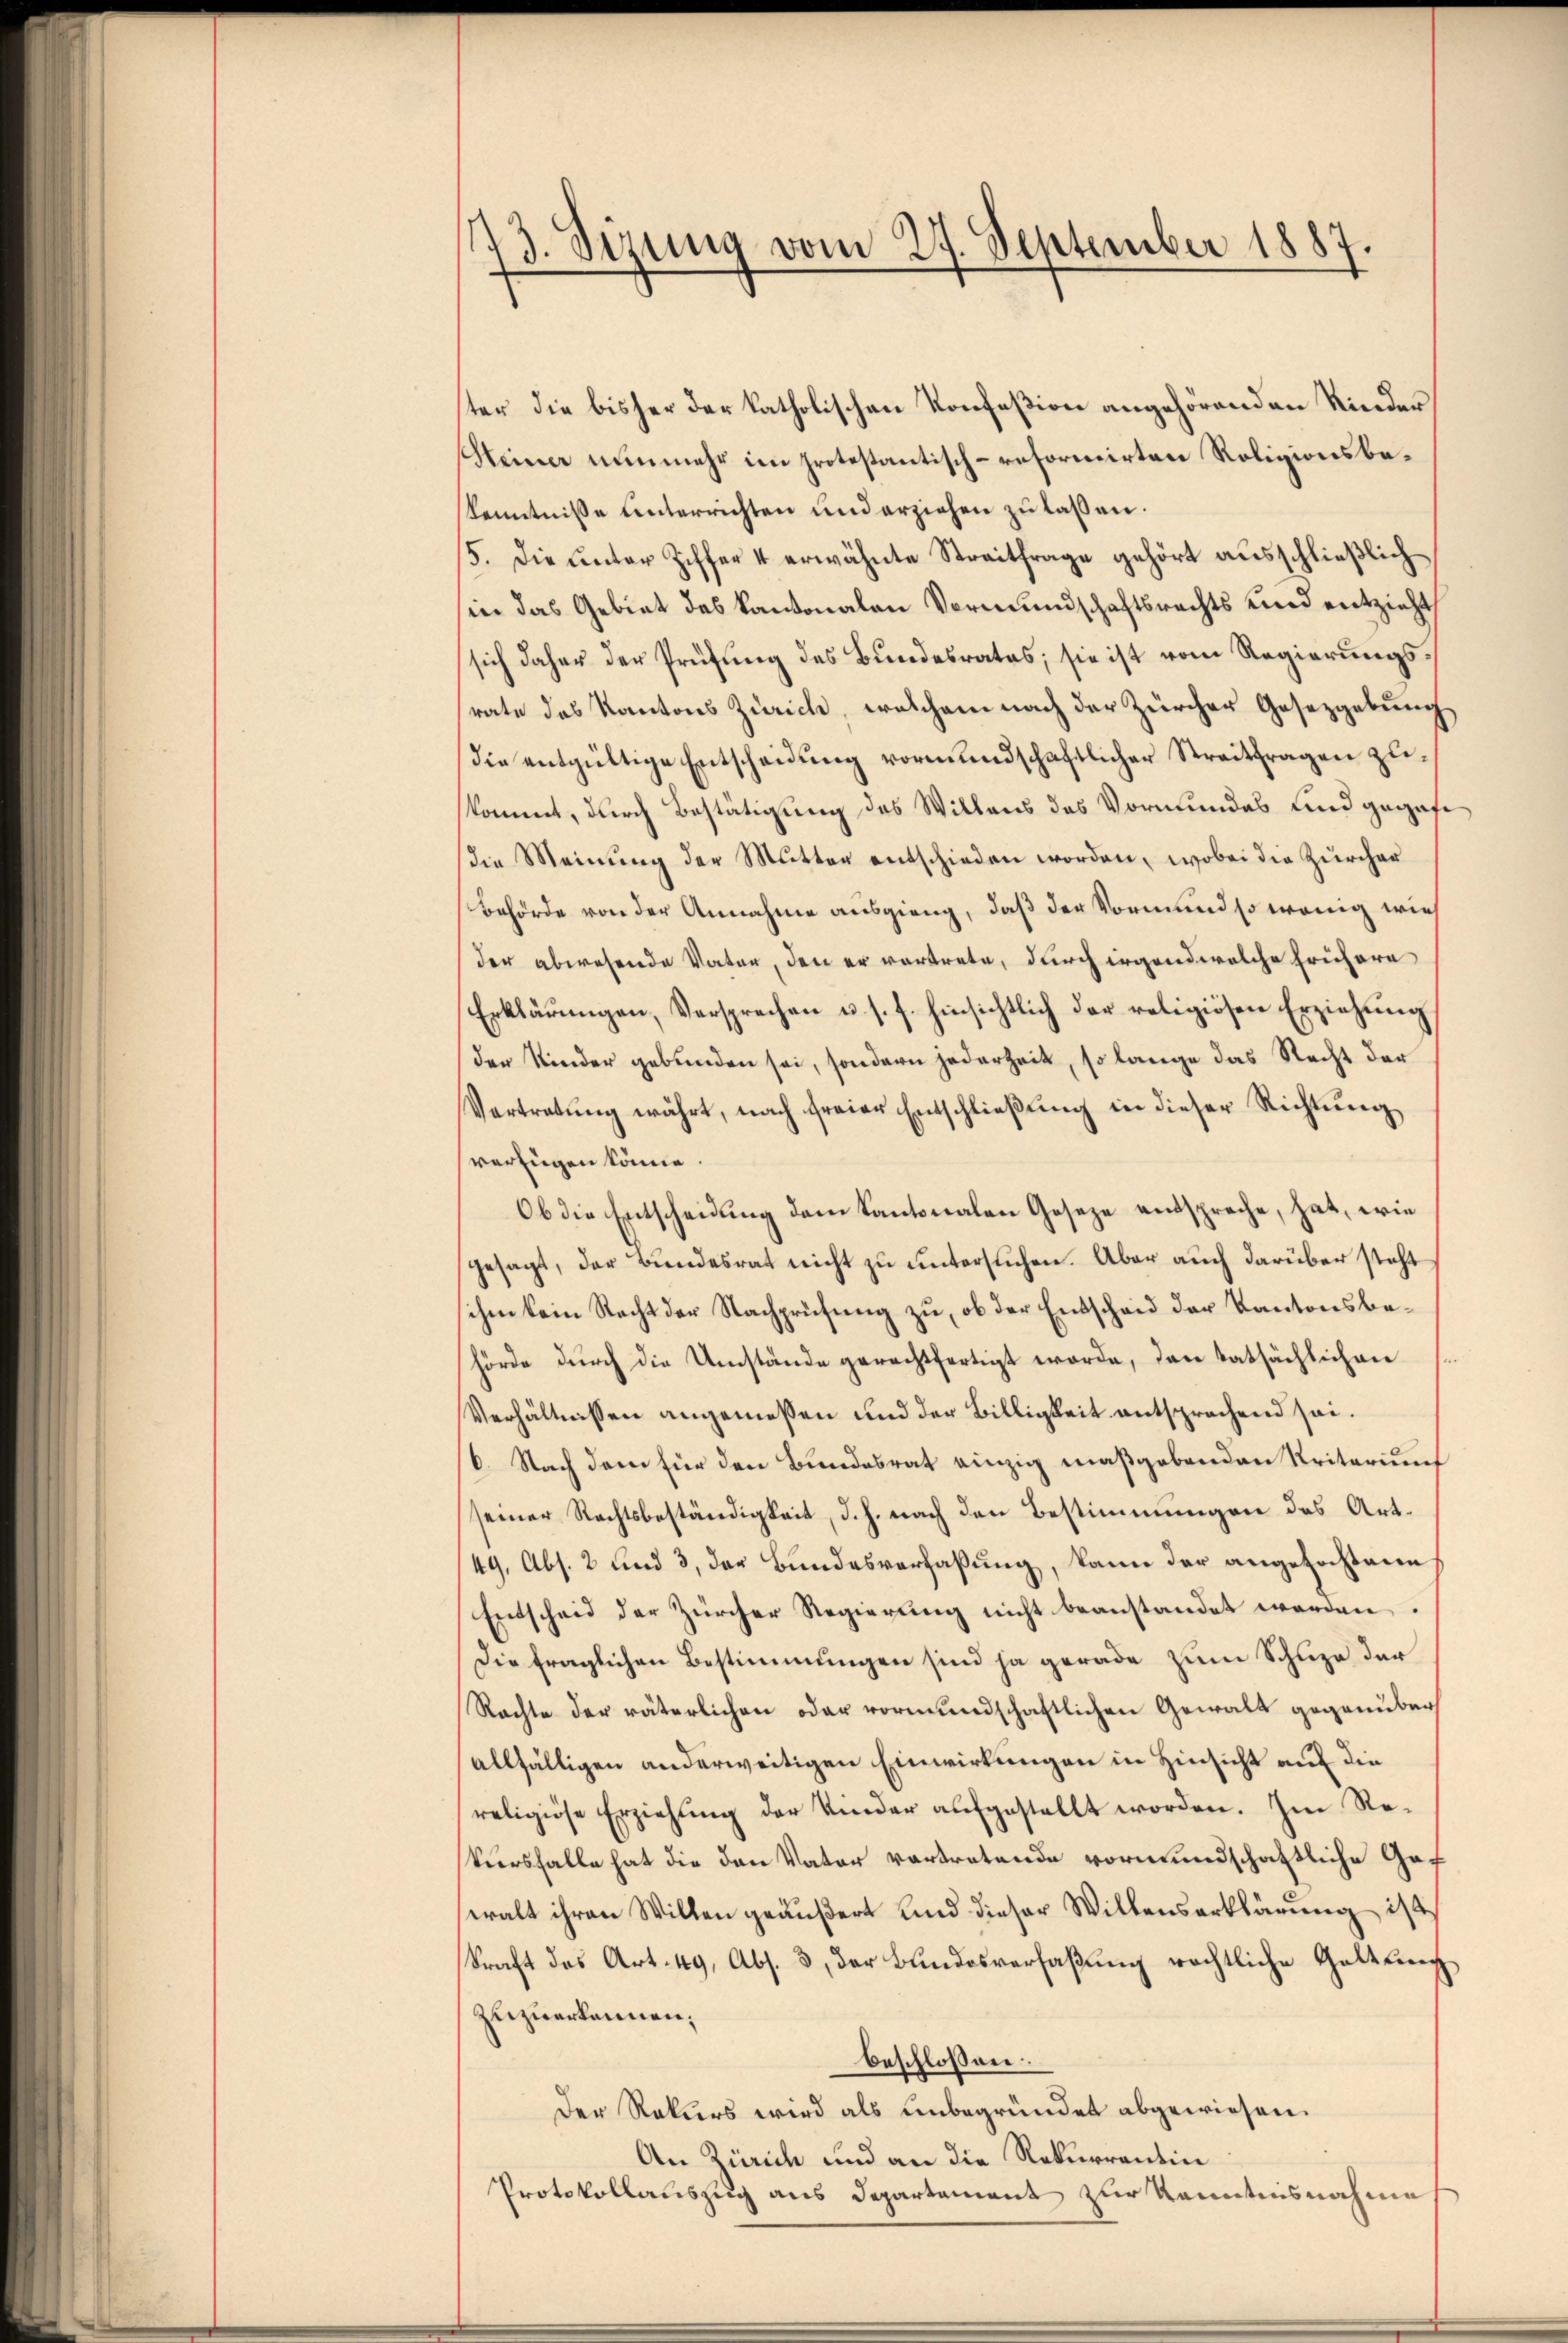
73. Sizung vom 27. September 1887.

ster die bisher der katholischen Konfeßion angehörenden Kinder
Meiner nunmehr im protestantisch-reformirten Roligionsbe¬
Kenntniße unterrichten und erziehen zu laßen.
15. Die unter Ziffer 4 erwähnte Streitfrage gehört aŭsschlieβlich
in das Gebiet des Kantonalen Vormundschaftsrechts und entzieht,
sich daher der Prüfung des Bundesrates; sie ist vom Regierungsrate des Kantons Zürich, welchem nach der Zürcher Gesetzgebung
die entgültige Entscheidung vormundschaftlicher Streitfragen zukommt, durch Bestätigung des Willens des Vormundes und gegafe
die Meinung der Mutter entschieden worden, wobei die Zürcher
Behörde von der Annahme ausgieng, daß der Vormund so wenig wie
der abwesende Vater, den er vortrete, durch irgend welche Frühere
Erklärŭngen, Versprechen u. s. f. hinsichtlich der religiösen Erziehŭng
der Kinder gebunden sei, sondern jederheit, so lange das Recht der
Vertretŭng währt, nach freier Entschließung in dieser Richtung
sverfügen könne.
Ob die Entscheidung dem Kantonalen Geseze entspreche, hat, wie
gesagt, der Bundesrat nicht zu untersuchen. Aber auch darüber steht
sihen kein Recht der Nachprüfung zu, ob der Entscheid der Kantonsbehörde dŭrch die Umstände gerechtfertigt werde, den tatsächlichen
Verhältnissen angemessen und der Billigkeit entsprachend sei.
/6. Nach dem für den Bundesrat einzig maßgebenden Kriterium
seiner Rechtsbeständigkeit, d. h. nach den Bestimmungen des Art¬
49, Abs. 2 und 3, der Bundesverfaßung, kann der angefochtene
Entscheid der Zürcher Regierung nicht beanstandet werden.
Die fraglichen Bestimmungen sind ja gerade zum Schuze der
Rachte der väterlichen oder vormundschaftlichen Gewalt gegenüber
allfälligen anderweitigen Einwirkungen in Hinsicht auf die
religiöse Erziehung der Kinder aufgestellt worden. Im Rekursfalle hat die den Vater vortretende vormundschaftliche Gef
eralt ihren Willen geäußert und dieser Willenserklärung ist
kraft des Art. 49, Abs. 3, der Bundesverfaßung rechtliche Gattung
zuzuerkennen;
beschlossen:
Der Rekurs wird als unbegründet abgewiesen.
An Zürich und an die Rekurrentin
Protokollauszug aus Departement zur Kenntnisnahme